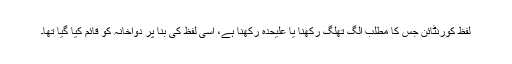
لفظ کورنٹائن جس کا مطلب الگ تھلگ رکھنا یا علیحدہ رکھنا ہے، اسی لفظ کی بنا پر دواخانہ کو قائم کیا گیا تھا۔